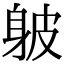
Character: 𨈵